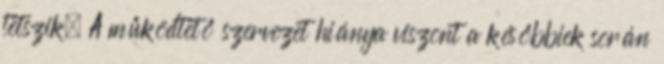
tetszik. A működtető szervezet hiánya viszont a későbbiek során